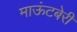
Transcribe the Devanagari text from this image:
माऊंटबेरी